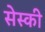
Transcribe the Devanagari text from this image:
सेस्की